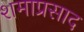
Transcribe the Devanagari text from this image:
शमाप्रसाद